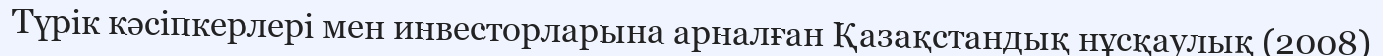
Түрік кәсіпкерлері мен инвесторларына арналған Қазақстандық нұсқаулық (2008)